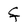
Character: F